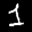
Label: 1